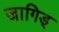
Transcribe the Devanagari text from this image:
जागिड्